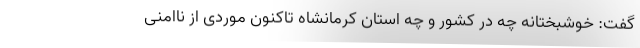
گفت: خوشبختانه چه در کشور و چه استان کرمانشاه تاکنون موردی از ناامنی